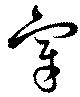
宰